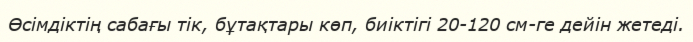
Өсімдіктің сабағы тік, бұтақтары көп, биіктігі 20-120 см-ге дейін жетеді.